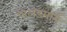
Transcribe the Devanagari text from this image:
पोलंडमार्गे